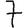
Digit: 7